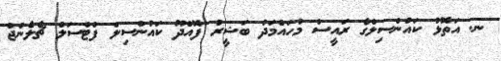
ނ. އަތޮޅު ކައުންސިލްގެ ރައީސް މުހައްމަދު ބަޝީރު ފޮއްދޫ ކައުންސިލް ފްޓްސަލް ޗެލެންޖް